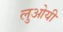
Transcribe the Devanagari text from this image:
लुओयी